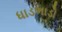
ધાડભાડો